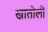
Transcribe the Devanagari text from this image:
खातोली